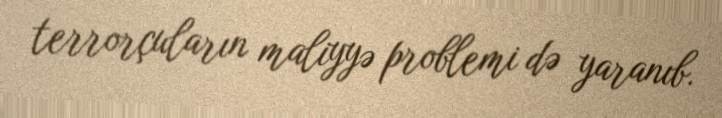
terrorçuların maliyyə problemi də yaranıb.